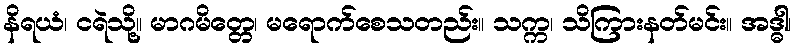
နိရယံ၊ ငရဲသို့။ မာဂမိတ္တေ၊ မရောက်စေသတည်း။ သက္က၊ သိကြားနတ်မင်း။ အဒ္ဓါ၊